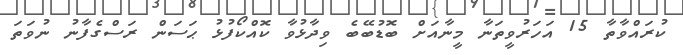
ކުރައްވާތާ 15 އަހަރުވީތަނާ މީނާއަށް ބޮޑުބޭބެ ވިދާޅުވާ ކޮއްކޯފުޅު ޙަސަން ރަސްގެފާނު ނުވަތަ